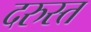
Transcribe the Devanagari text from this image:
दरुस्त